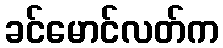
ခင်မောင်လတ်က